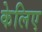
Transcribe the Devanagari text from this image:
केलिए